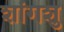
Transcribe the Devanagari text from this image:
शांगशु